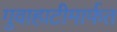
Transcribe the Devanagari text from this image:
गुवाहाटीमार्फत